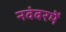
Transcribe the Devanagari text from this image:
नवंबरमें